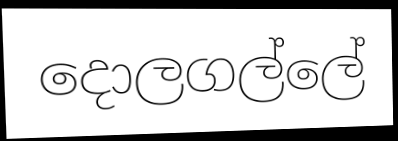
දොලගල්ලේ